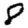
Digit: 8